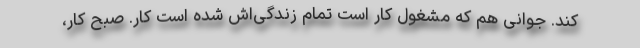
کند. جوانی هم که مشغول کار است تمام زندگی‌اش شده است کار. صبح کار،